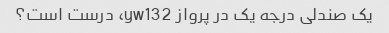
یک صندلی درجه یک در پرواز yw132، درست است؟